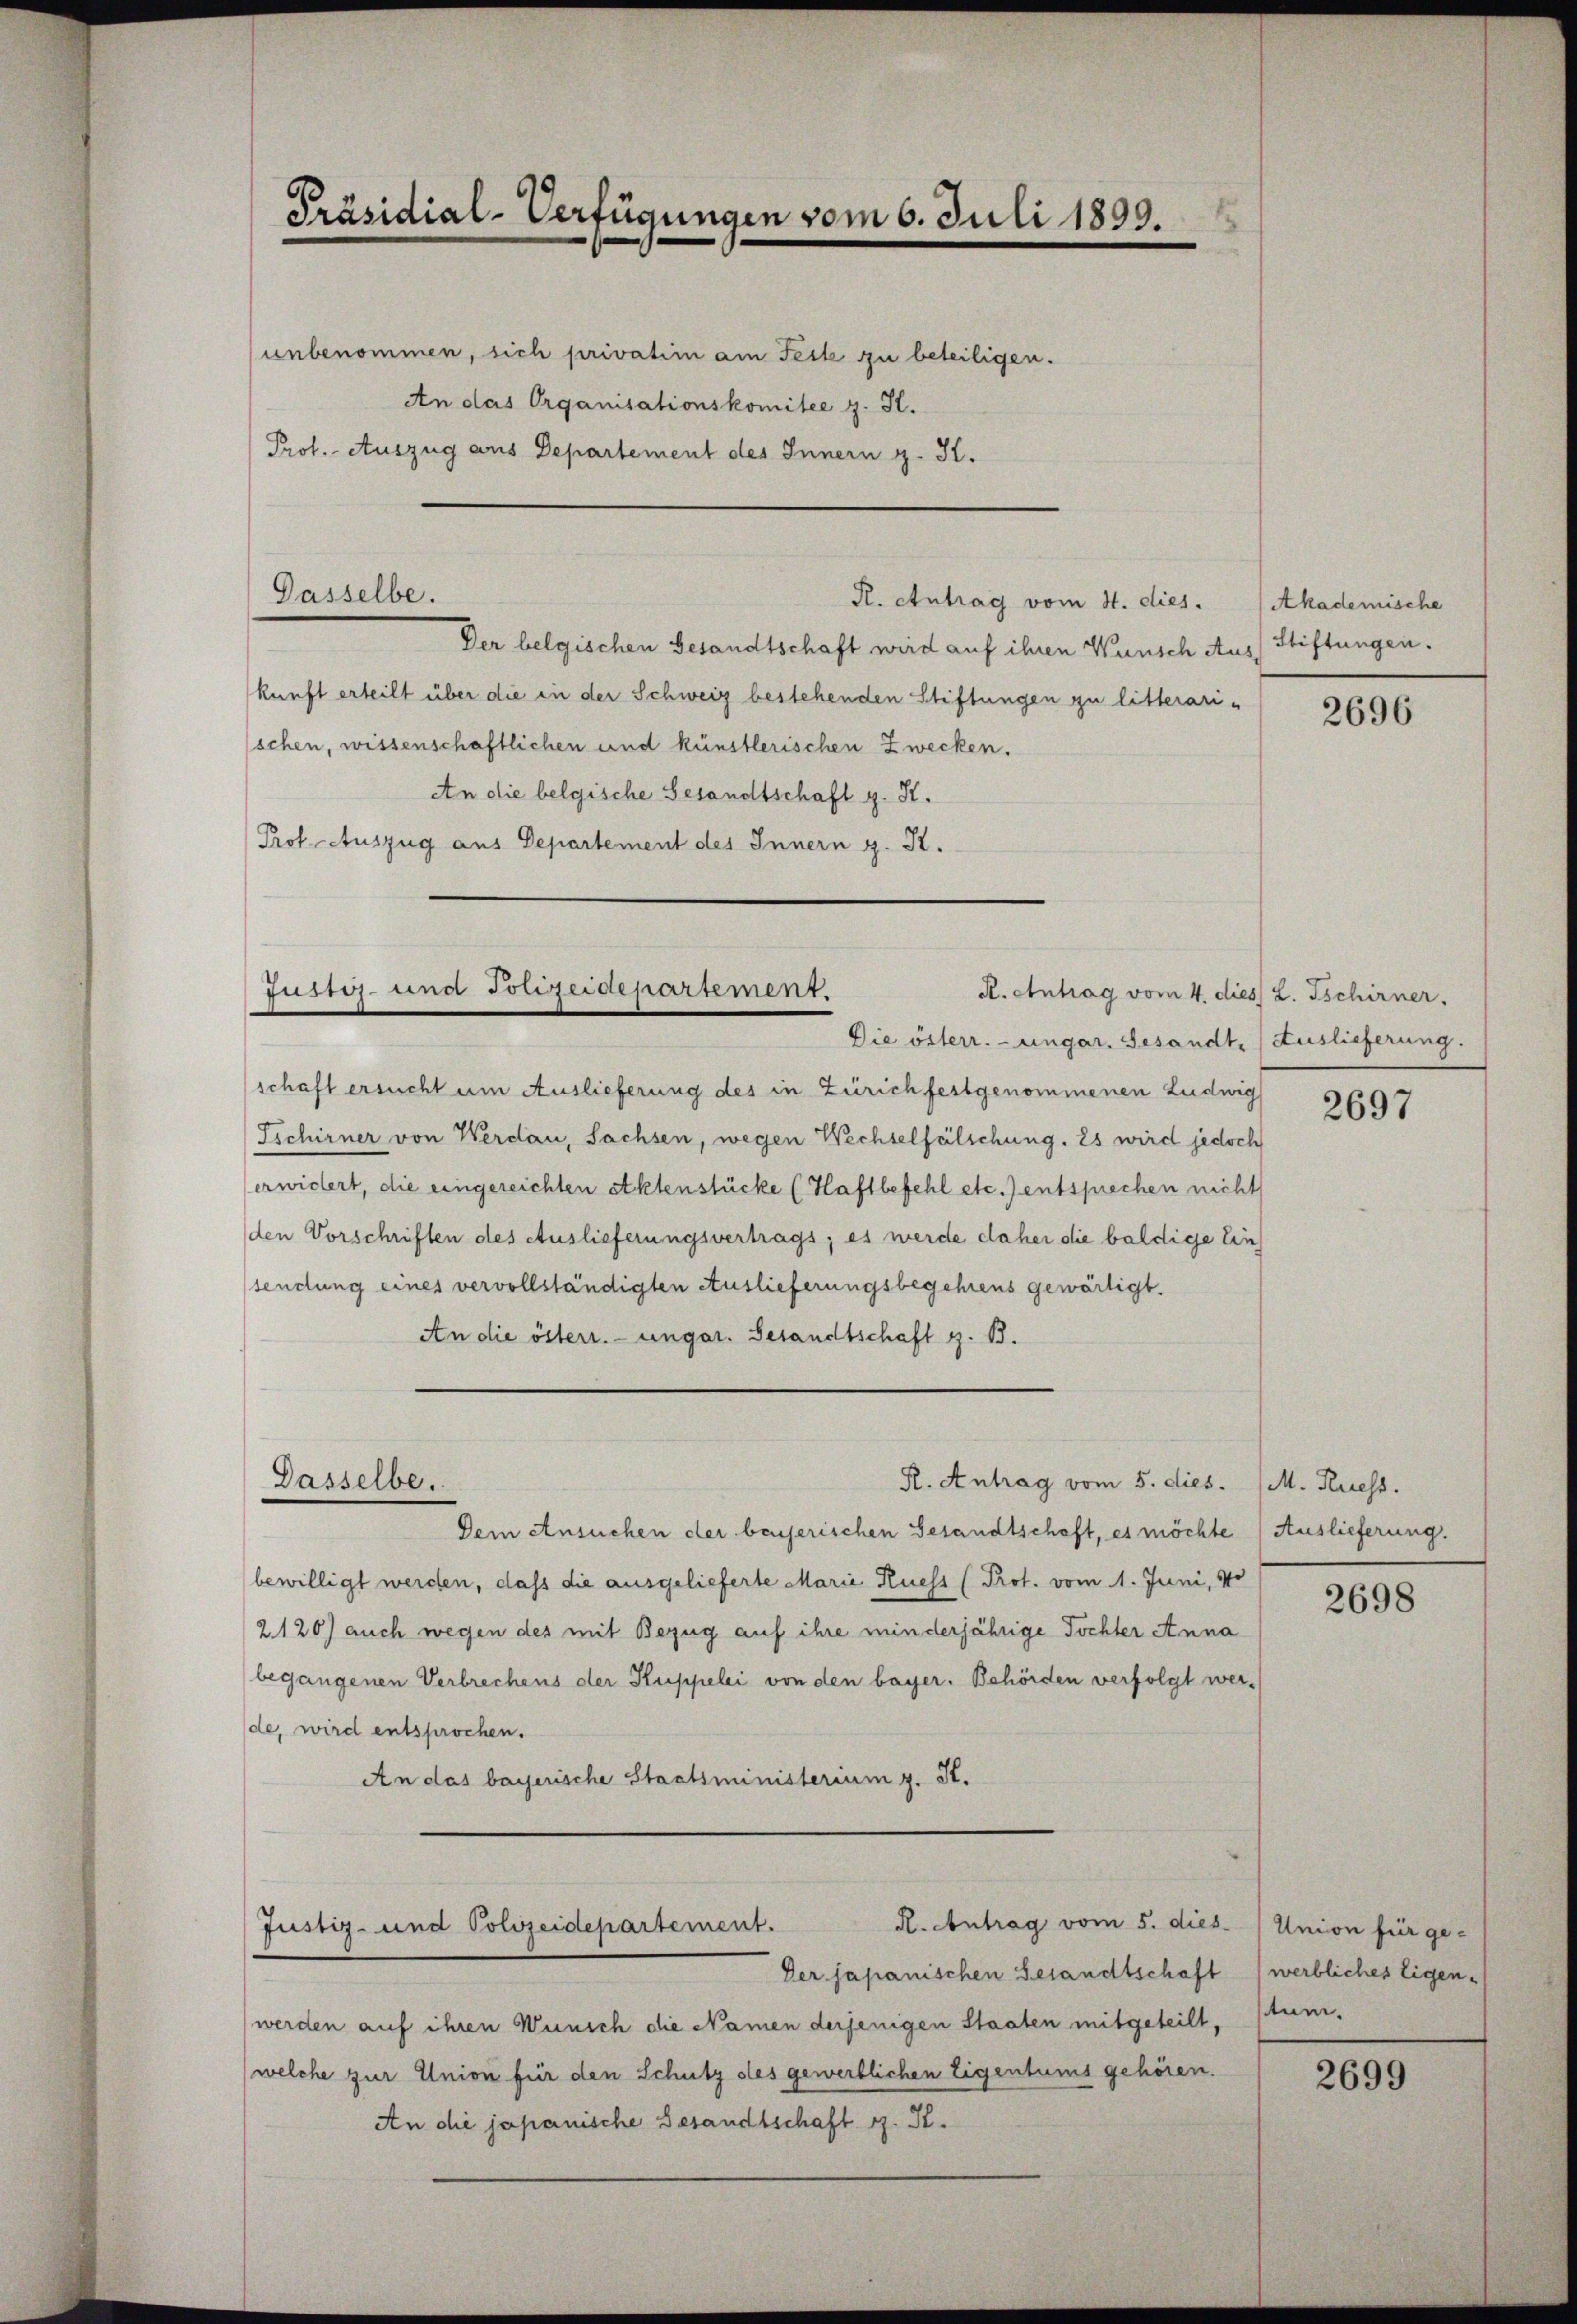
Präsidial-Verfügungen vom 6. Juli 1899.

unbenommen, sich privatim am Feste zu beteiligen.
An das Organisationskomitee z. St.
Prof. Auszug aus Departement des Innern z. K.

Gasselbe.
R. Antrag vom 4. dies.

Der belgischen Gesandtschaft wird auf ihren Wunsch Aus) Stiftungen.
kunft erteilt über die in der Schweiz bestehenden Stiftungen zu litterari-
schen, wissenschaftlichen und künstlerischen Zwecken.
An die belgische Gesandtschaft g. St.
Prof. Auszug aus Departement des Innern g. R.

düster- und Polizeidepartement.

Dasselbe.

schaft ersucht um Auslieferung des in Zürich festgenommenen Ludwig
Tschirner von Werdau, Sachsen, wegen Wechselfälschung. Es wird jedoch
erwidert, die eingereichten Aktenstücke (Haftbefehl etc. entsprechen nicht
den Vorschriften des Auslieferungsvertrags; es werde daher die baldige Lin
sendung eines vervollständigten Auslieferungsbegehrens gewärtigt.
An die österr. ungar. Gesandtschaft z. 13.

Dein Ansuchen der bayerischen Gesandtschaft, es möchte) Auslieferung.
bewilligt werden, dass die ausgelieferte Marie Ruess (Prot. vom 1. Juni, 10
2120) auch wegen des mit Bezug auf ihre minderjährige Tochter Anna
begangenen Verbrechens der Kuppelei von den bayer. Behörden verfolgt werde, wird entsprochen.
An das bayerische Staatsministerium g. St.

R. Antrag vom 5. dies. M. Ruess.

Der japanischen Gesandtschaft werbliches Eigen-
werden auf ihren Wünsch die Namen derjenigen Staaten mitgeteilt,
welche zur Union für den Schutz des gewerblichen Eigentums gehören.
An die japanische Gesandtschaft z. K.

R. Antrag vom 5. dies. / Union für ge-
Justiz- und Polizeidepartement.

Akademische

R. Antrag vom 4. dies L. Tschirner.
Die österr.-ungar. Gesandt, Auslieferung.

2696

2697

2698

tum.

2699